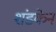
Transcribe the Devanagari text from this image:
शंडकेन